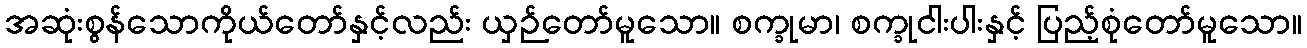
အဆုံးစွန်သောကိုယ်တော်နှင့်လည်း ယှဉ်တော်မူသော။ စက္ခုမာ၊ စက္ခုငါးပါးနှင့် ပြည့်စုံတော်မူသော။